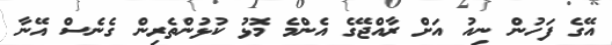
އޭގެ ފަހުން ނިއު އަށް ރާއްޖޭގެ އެންމެ މޮޅު ކުޅުންތެރިން ގެނެސް އޭނާ